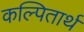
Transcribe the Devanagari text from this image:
कल्पितार्थ